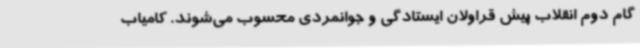
گام دوم انقلاب پیش قراولان ایستادگی و جوانمردی محسوب می‌شوند. کامیاب